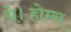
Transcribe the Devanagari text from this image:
थे।होम्स